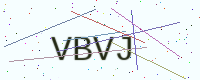
Text: VBVJ